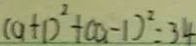
( a + 1 ) ^ { 2 } + ( a - 1 ) ^ { 2 } = 3 4